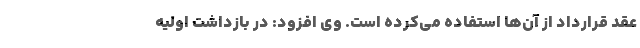
عقد قرارداد از آن‌ها استفاده می‌کرده است. وی افزود: در بازداشت اولیه